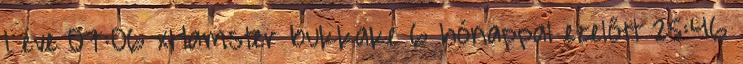
1 éve 07:06 xHamster bukkake 6 hónappal ezelőtt 25:46